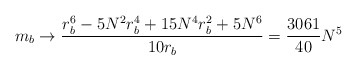
\begin{align*}m_{b}\rightarrow \frac{r_{b}^{6}-5N^{2}r_{b}^{4}+15N^{4}r_{b}^{2}+5N^{6}}{10r_{b}}=\frac{3061}{40}N^{5} \end{align*}